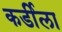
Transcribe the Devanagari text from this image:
कर्डीला